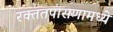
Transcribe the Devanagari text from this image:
रक्ततपासणामध्ये